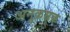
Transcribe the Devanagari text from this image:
अनुक्रम्रक